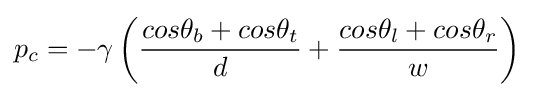
p_{c}=-\gamma \left({\frac {cos\theta _{b}+cos\theta _{t}}{d}}+{\frac {cos\theta _{l}+cos\theta _{r}}{w}}\right)